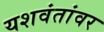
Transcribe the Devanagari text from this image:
यशवंतांवर